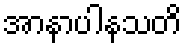
အာနာပါနသတိ